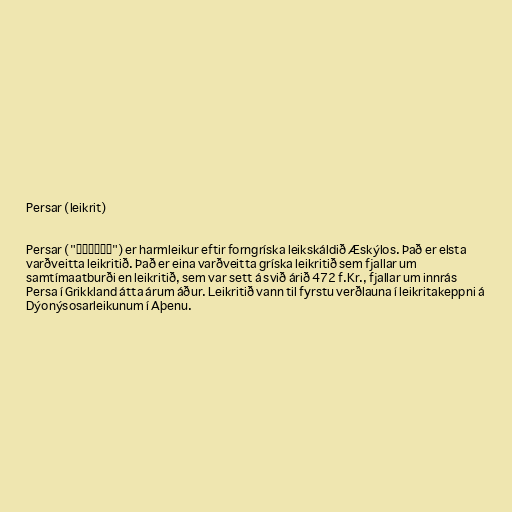
Persar (leikrit)

Persar ("Πέρσαι") er harmleikur eftir forngríska leikskáldið Æskýlos. Það er elsta
varðveitta leikritið. Það er eina varðveitta gríska leikritið sem fjallar um
samtímaatburði en leikritið, sem var sett á svið árið 472 f.Kr., fjallar um innrás
Persa í Grikkland átta árum áður. Leikritið vann til fyrstu verðlauna í leikritakeppni á
Dýonýsosarleikunum í Aþenu.